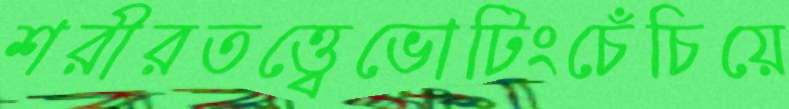
শরীরতত্ত্বেভোটিংচেঁচিয়ে